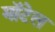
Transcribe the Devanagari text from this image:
मॉटेल